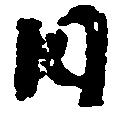
日